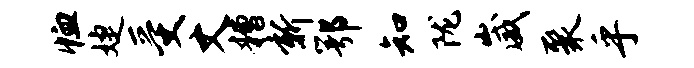
恤婕受丈糟新鄂知陇崴聚乎